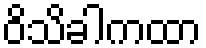
ဝိသိခါကထာ